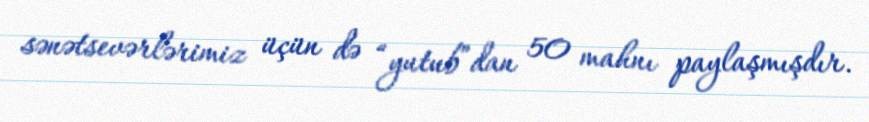
sənətsevərlərimiz üçün də “yutub”dan 50 mahnı paylaşmışdır.